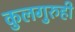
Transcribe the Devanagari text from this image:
कुलगुरुही